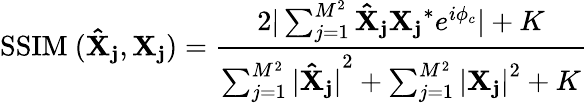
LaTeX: \mathrm{SSIM\ (\mathbf{\hat{X}_{j}},\mathbf{X_{j}})}=\frac{2|\sum_{j=1}^{M^{2}}\mathbf{\hat{X}_{j}}\mathbf{X_{j}}^{*}e^{i\phi_{c}}|+K}{\sum_{j=1}^{M^{2}}|\mathbf{\hat{X}_{j}|}^{2}+\sum_{j=1}^{M^{2}}|\mathbf{X_{j}|}^{2}+K}